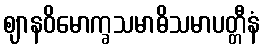
ဈာနဝိမောက္ခသမာဓိသမာပတ္တီနံ